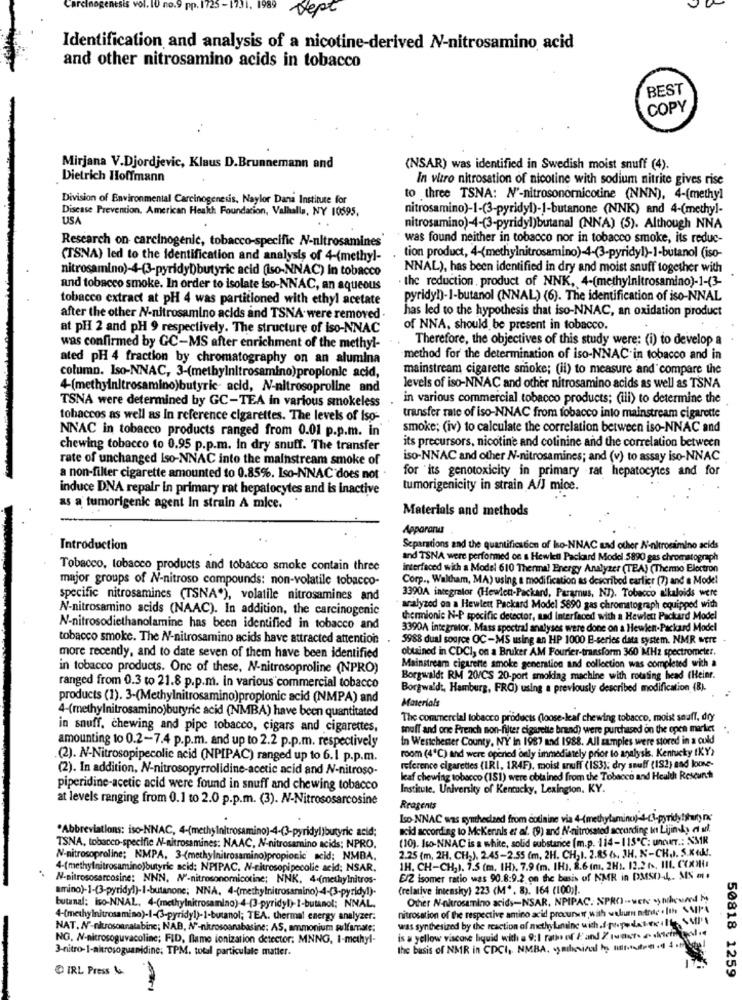
arcino
sis vol. 10 no.9 pp. 1725-1731. 1989
Dept
Identification and analysis of a nicotine-derived N-nitrosamino acid
and other nitrosamino acids in tobacco
BEST
COPY
Mirjana V.Djordjevic, Klaus D.Brunnemann and
(NSAR) was identified in Swedish moist snuff (4).
Dietrich Hoffmann
In vitro nitrosation of nicotine with sodium nitrite gives rise
Division of Environmental Carcinogenesis, Naylor Dana Institute for
to three TSNA: N'-nitrosonornicotine (NNN), 4-(methyl
Disease Prevention. American Heakh Foundation, Valhalla, NY 10595.
nitrosamino)-1-(3-pyridyl)-1-butanone (NNK) and 4-(methyl-
USA
nitrosamino)-4-(3-pyridyl)butanal (NNA) (5). Although NNA
Research on carcinogenic, tobacco-specific N-nitrosamines
was found neither in tobacco nor in tobacco smoke, its reduc-
(TSNA) led to the identification and analysis of 4-(methyl-
tion product, 4-(methylnitrosamino)-4-(3-pyridyl)-1-butanol (iso-
nitrosamino)-4-3-pyridyb)butyric acid (iso-NNAC) In tobacco
NNAL), has been identified in dry and moist snuff together with
the reduction , product of NNK, 4-(methylnitrosamino)-1-(3-
and tobacco smoke. In order to isolate iso-NNAC, an aqueous
tobacco extract at pH 4 was partitioned with ethyl acetate
pyridy!)-1-butanol (NNAL) (6). The identification of iso-NNAL
has led to the hypothesis that iso-NNAC, an oxidation product
after the other N-nitrosamino acids and TSNA. were removed
at pH 2 and pH 9 respectively. The structure of iso-NNAC
of NNA, should be present in tobacco.
Therefore, the objectives of this study were: (i) to develop a
was confirmed by GC-MS after enrichment of the methyl-
ated pH 4 fraction by chromatography on an alumina
method for the determination of iso-NNAC in tobacco and in
mainstream cigarette smoke; (ii) to measure and compare the
column. Iso-NNAC, 3-(metbylnitrosamino)propionic acid,
4-(methyinitrosamino)butyric- acid, N-nitrosoproline and
levels of iso-NNAC and other nitrosamino acids as well as TSNA
in various commercial tobacco products; (ili) to determine the
TSNA were determined by GC-TEA in various smokeless
tobaccos as well as In reference cigarettes. The levels of Iso-
transfer rate of iso-NNAC from tobacco into mainstream cigarette
NNAC in tobacco products ranged from 0.01 p.p.m. in
smoke; (iv) to calculate the correlation between iso-NNAC and
chewing tobacco to 0.95 p.p.m. In dry snuff. The transfer
its precursors, nicotine and colinine and the correlation between
rate of unchanged Iso-NNAC into the mainstream smoke of
iso-NNAC and other N-nitrosamines; and (v) to assay iso-NNAC
for its genotoxicity in primary rat hepatocytes and for
a non-filter cigarette amounted to 0.85%. Iso-NNAC does not .
induce DNA repair in primary rat hepatocytes and is inactive
tumorigenicity in strain A/J mice.
as a tumorigenic agent In strain A mice.
Materials and methods
Appararua
Introduction
Separations and the quantification of Iso-NNAC sad other A'-nitrosamino acids
and TSNA were performed on a Hewlett Packard Model 5890 gas chromatograph
Tobacco, tobacco products and tobacco smoke contain three
interfaced with a Model 610 Thermal Energy Analyzer (TEA) (Thermo Electron
major groups of N-nitroso compounds: non-volatile tobacco-
Corp ., Waltham, MA) using a modification as described earlier (7) and a Model
specific nitrosamines (TSNA*), volatile nitrosamines and
3390A integralor (Hewlett-Packard, Paramus, NJ). Tobacco alkaloids were
N-nitrosamino acids (NAAC). In addition, the carcinogenic
analyzed oa a Hewlett Packard Model S690 gas chromatograph equipped with
thermionic N-P specific detector, and Interfaced with a Hewlett Packard Model
N-nitrosodiethanolamine has been identified in tobacco and
3390A integrator. Mass spectral analyses were done on a Hewien-Packard Model
tobacco smoke. The N-nitrosamino acids have attracted attention:
5988 dual source OC-MS using an HP 1000 B-series data system. NMR were
obtained in CDCI, on a Bruker AM Fourier-transform 360 MHz spectrometer.
more recently, and to date seven of them have been identified
in tobacco products. One of these, N-nitrosoproline (NPRO)
Mainstream cigarette smoke generation and collection was completed with a
Borgwald: RM 20/CS 20-port smoking machine with rotating head (Heinr.
ranged from 0.3 to 21.8 p.p.m. in various commercial tobacco
Borgwaldt, Hamburg, FRG) using a previously described modification (B).
products (1). 3-(Methylnitrosamino)propionic acid (NMPA) and
Materials
4-(methylnitrosamino)butyric acid (NMBA) have been quantitated
The commercial tobacco products (loose-leaf chewing tobacco, moist snuff, dry
in snuff, chewing and pipe tobacco, cigars and cigarettes,
snuff and one French non-filter cigarette brand) were purchased on the open market
In Westchester County, NY in 1987 and 1988. All samples were stored in a cold
amounting to 0.2-7.4 p.p.m. and up to 2.2 p.p.m. respectively
room (4℃) and were opened only immediately prior to analysis, Kentucky IKY)
.(2). N-Nitrosopipecolic acid (NPIPAC) ranged up to 6.1 p.p.m.
(2). In addition, N-nitrosopyrrolidine-acetic acid and N-nitroso-
reference cigarettes (IRI, 1R4F), moist snuff (IS3); dry snuff (182) sad kone-
leaf chewing tobacco (181) were obtained from the Tobacco and Health Research
piperidine-acetic acid were found in snuff and chewing tobacco
Institute, University of Kentucky, Lexington. KY.
at levels ranging from 0.1 to 2.0 p.p.m. (3). N-Nitrososarcosine
Reagents
Iso NNAC was synthesized from cotinine via 4-(methylaminc)-4℃-pyridy!that) na
acid according to Mckennis et al. (9) and N-nitrosated according In Lijinky di ul.
*Abbreviations: iso-NNAC, 4-(methy Initrosamino)-4-(3-pyridyl)butyric acid;
(10). Iso-NNAC is a white, solid substarice (m.p. 114-115℃: uncur .: XMIR
TSNA, tobacco-specific N-nitrosamines: NAAC, N-nitrosamino acids; NPRO.
2.25 (m, 2H, CH2), 2.45-2.55 (m, 2H. CH,I. 2.85 6. JH. N-CH.J. S.KI !.
N-nitrosoproline; NMPA, 3-(methylnitrosamino)propionic acid; NMBA.
4-(methylnitrosamino)butyric acid; NPIPAC. N-nitrosopipecolie acid; NSAR,
1H. CH-CH2). 7.5 (m. IH). 7.9 (m. IH). 8.6 (m. 2H1. 12.2 6. III. COXIU
N-nitrososarcosine: NNN, N'-nitrosonornicotine; NNK. 4-(methylnitros-
E/2 isomer ratio was 90.8:9.2 on the basis of NMR in DMSO-4 ,. MS m .
amino)-1-(3-pyridyl)-I-butanone; NNA. 4-(methylnitrosaminio)-4-(3-pyridy!)-
(relative intensky) 223 (M". 8). 164 (100;).
Other N-nitrosamino acids-NSAR, NPIPAC. SPRO) -were onlyund
butanal: iso-NNAL, 4-(methylnitrosamino)-4-(3-pyridyl)-I-butanol; NNAL.
nitrosation of the respective amino acid procurstr with welum nitratc . [the MIA
4-(methylnitrosamiso)-I-(3-pyridyl)-1-butanol; TEA. thermal energy analyzer.
was synthesized by the reaction of methylamine with. proye dateville .. $4'
NAT. N'-nitrosonralabine; NAB, Nº-nitrosoarabasine; AS, ammonium sulfamate;
NG, N-nitrosoguvacoline; FID, flame ionization detector. MNNG, 1-methyl-
is a yellow viscose liquid with a 9:1 ratio of E and Z ruent. dietefilesdie
3-nitro-1-altrosoguanidine; TPM. total particulate matter.
the basis of NMR in CDCI, NMBA. wymihorul ho tiltvastee
IRL Press &
50818 1259